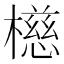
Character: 𪴆